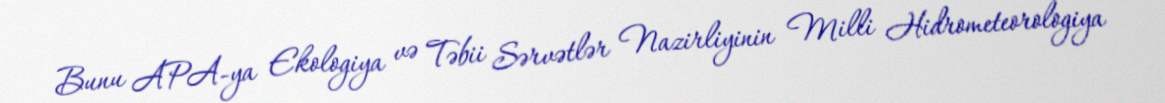
Bunu APA-ya Ekologiya və Təbii Sərvətlər Nazirliyinin Milli Hidrometeorologiya